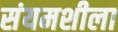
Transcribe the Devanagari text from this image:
संयमशीला